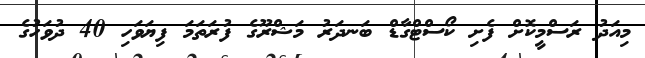
މިއަދު ރަސްމީކޮށް ފެށި ކޯސްޓްގާޑް ބަނދަރު މަޝްރޫގެ ފުރަތަމަ ފިޔަވަހި 40 ދުވަހުގެ